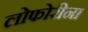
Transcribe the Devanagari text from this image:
लोफोरीना